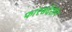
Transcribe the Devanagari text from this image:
फारसदेशीय